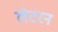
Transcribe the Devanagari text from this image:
लेटरन